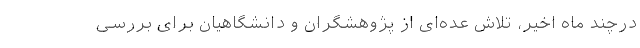
درچند ماه اخیر، تلاش عده‌ای از پژوهشگران و دانشگاهیان برای بررسی